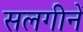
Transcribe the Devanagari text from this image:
सलगीनें